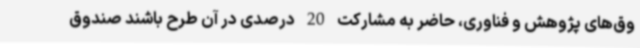
وق‌های پژوهش و فناوری، حاضر به مشارکت 20 درصدی در آن طرح باشند صندوق